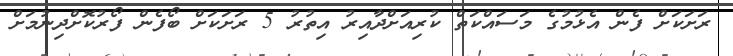
ރަށަކަށް ފެން އެޅުމުގެ މަސައްކަތް ކުރިއަށްދާއިރު އިތުރު 5 ރަށަކަށް ބޯފެން ފޯރުކޮށްދިނުމަށް